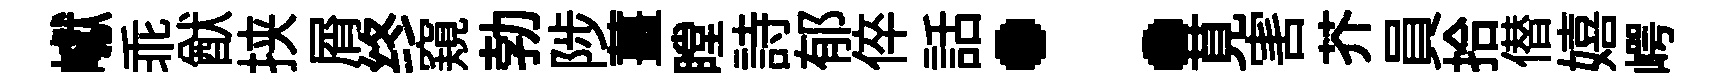
巘乖猷挟屑终窺勃陟薑瞠詩郁倅話：莧害芥員拾僣嬉崿